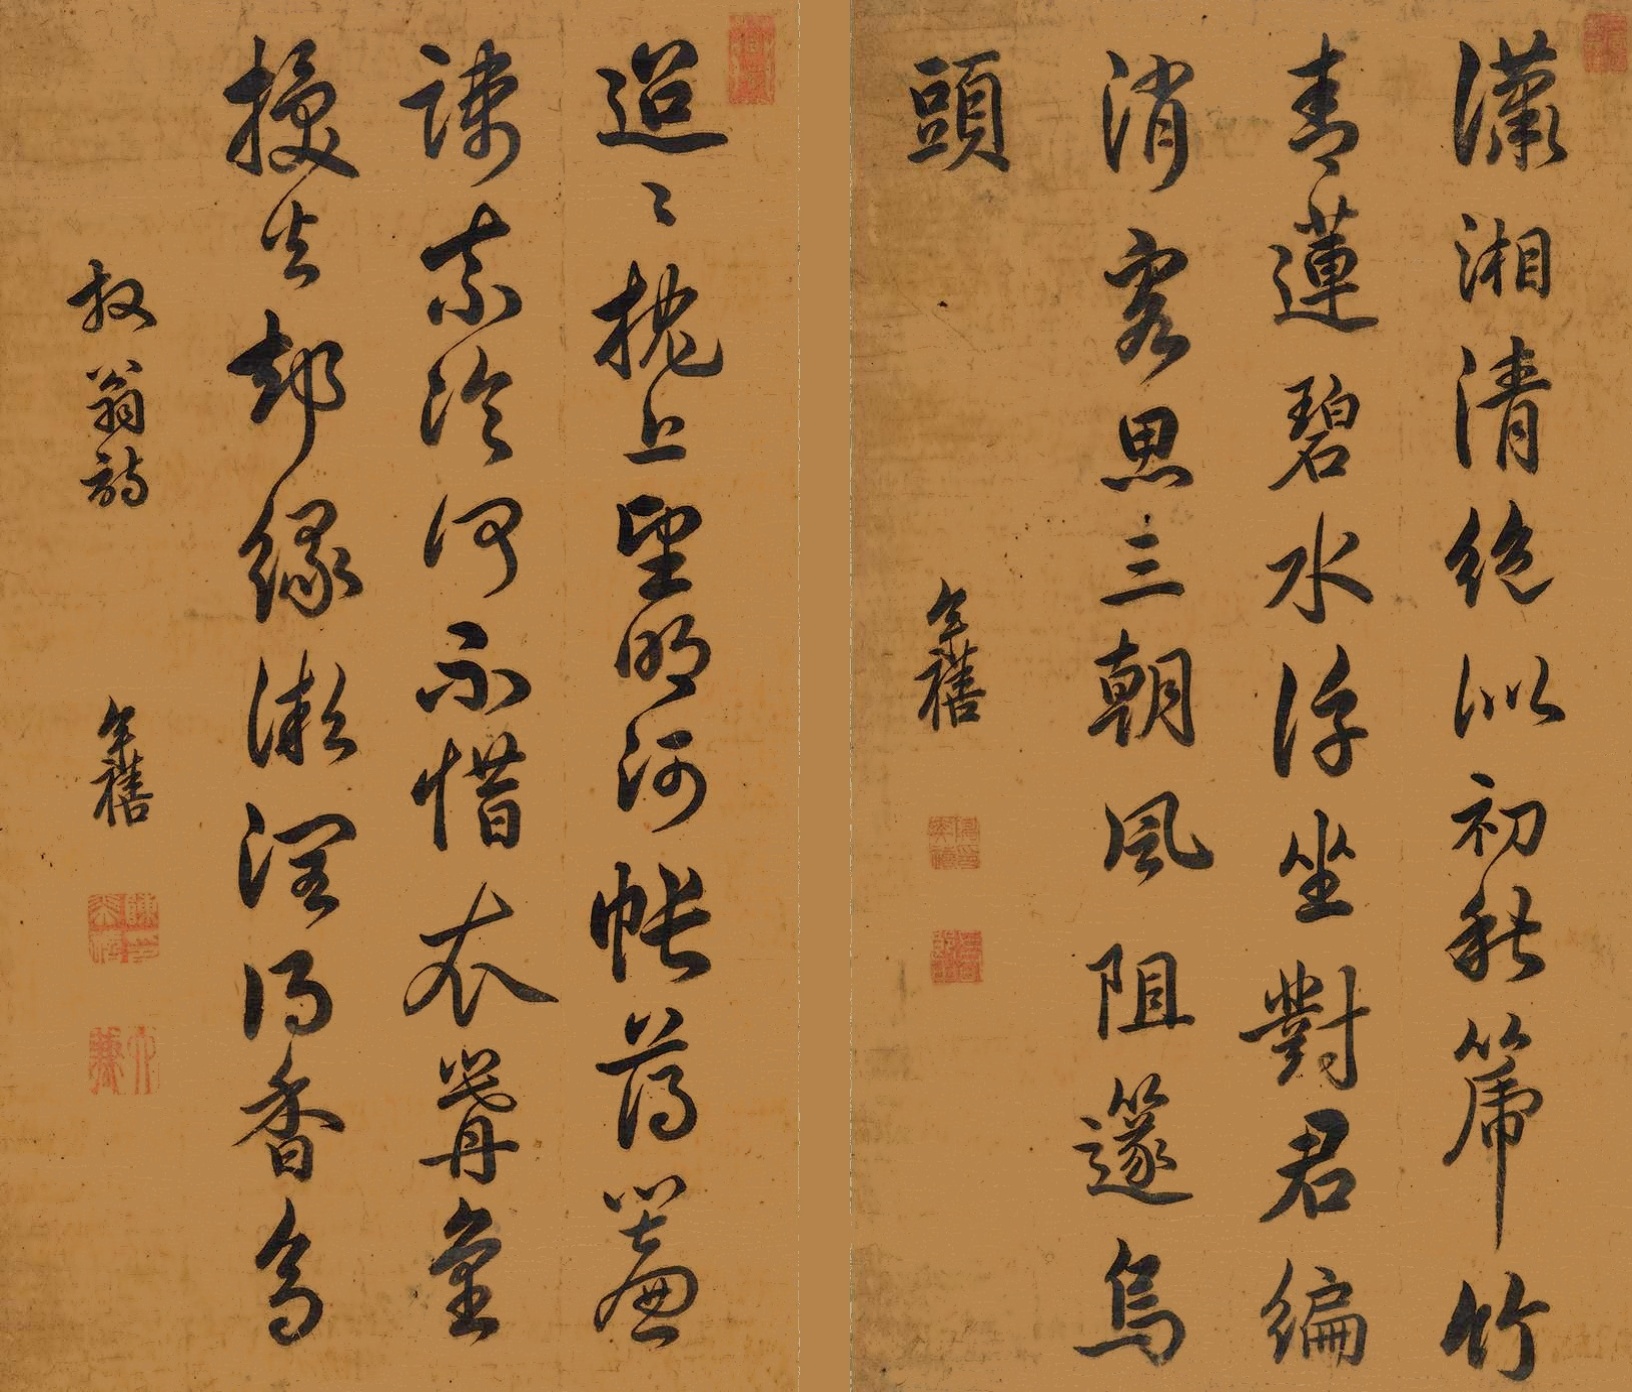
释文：（一）潇湘清绝似初秋，篪竹青莲碧水浮。坐对君编消客思，三朝风阻笛乌头。（二）迢迢枕上望明河，帐薄帘疏奈冷何。不惜衣篝重换火，却缘微润得香多。（一）奕禧。（二）放翁诗，奕禧。